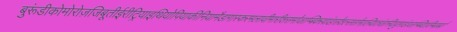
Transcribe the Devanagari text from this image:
बुरूंडीकोमोरोज़जिबूतीईरीट्रियाइथियोपियाकीनियामैडागास्करमलावीमारीशसमोजाम्बिकरवांडासेशल्ससोमालियातंजानियायुगांडाजाम्बियाज़िम्बाबवे